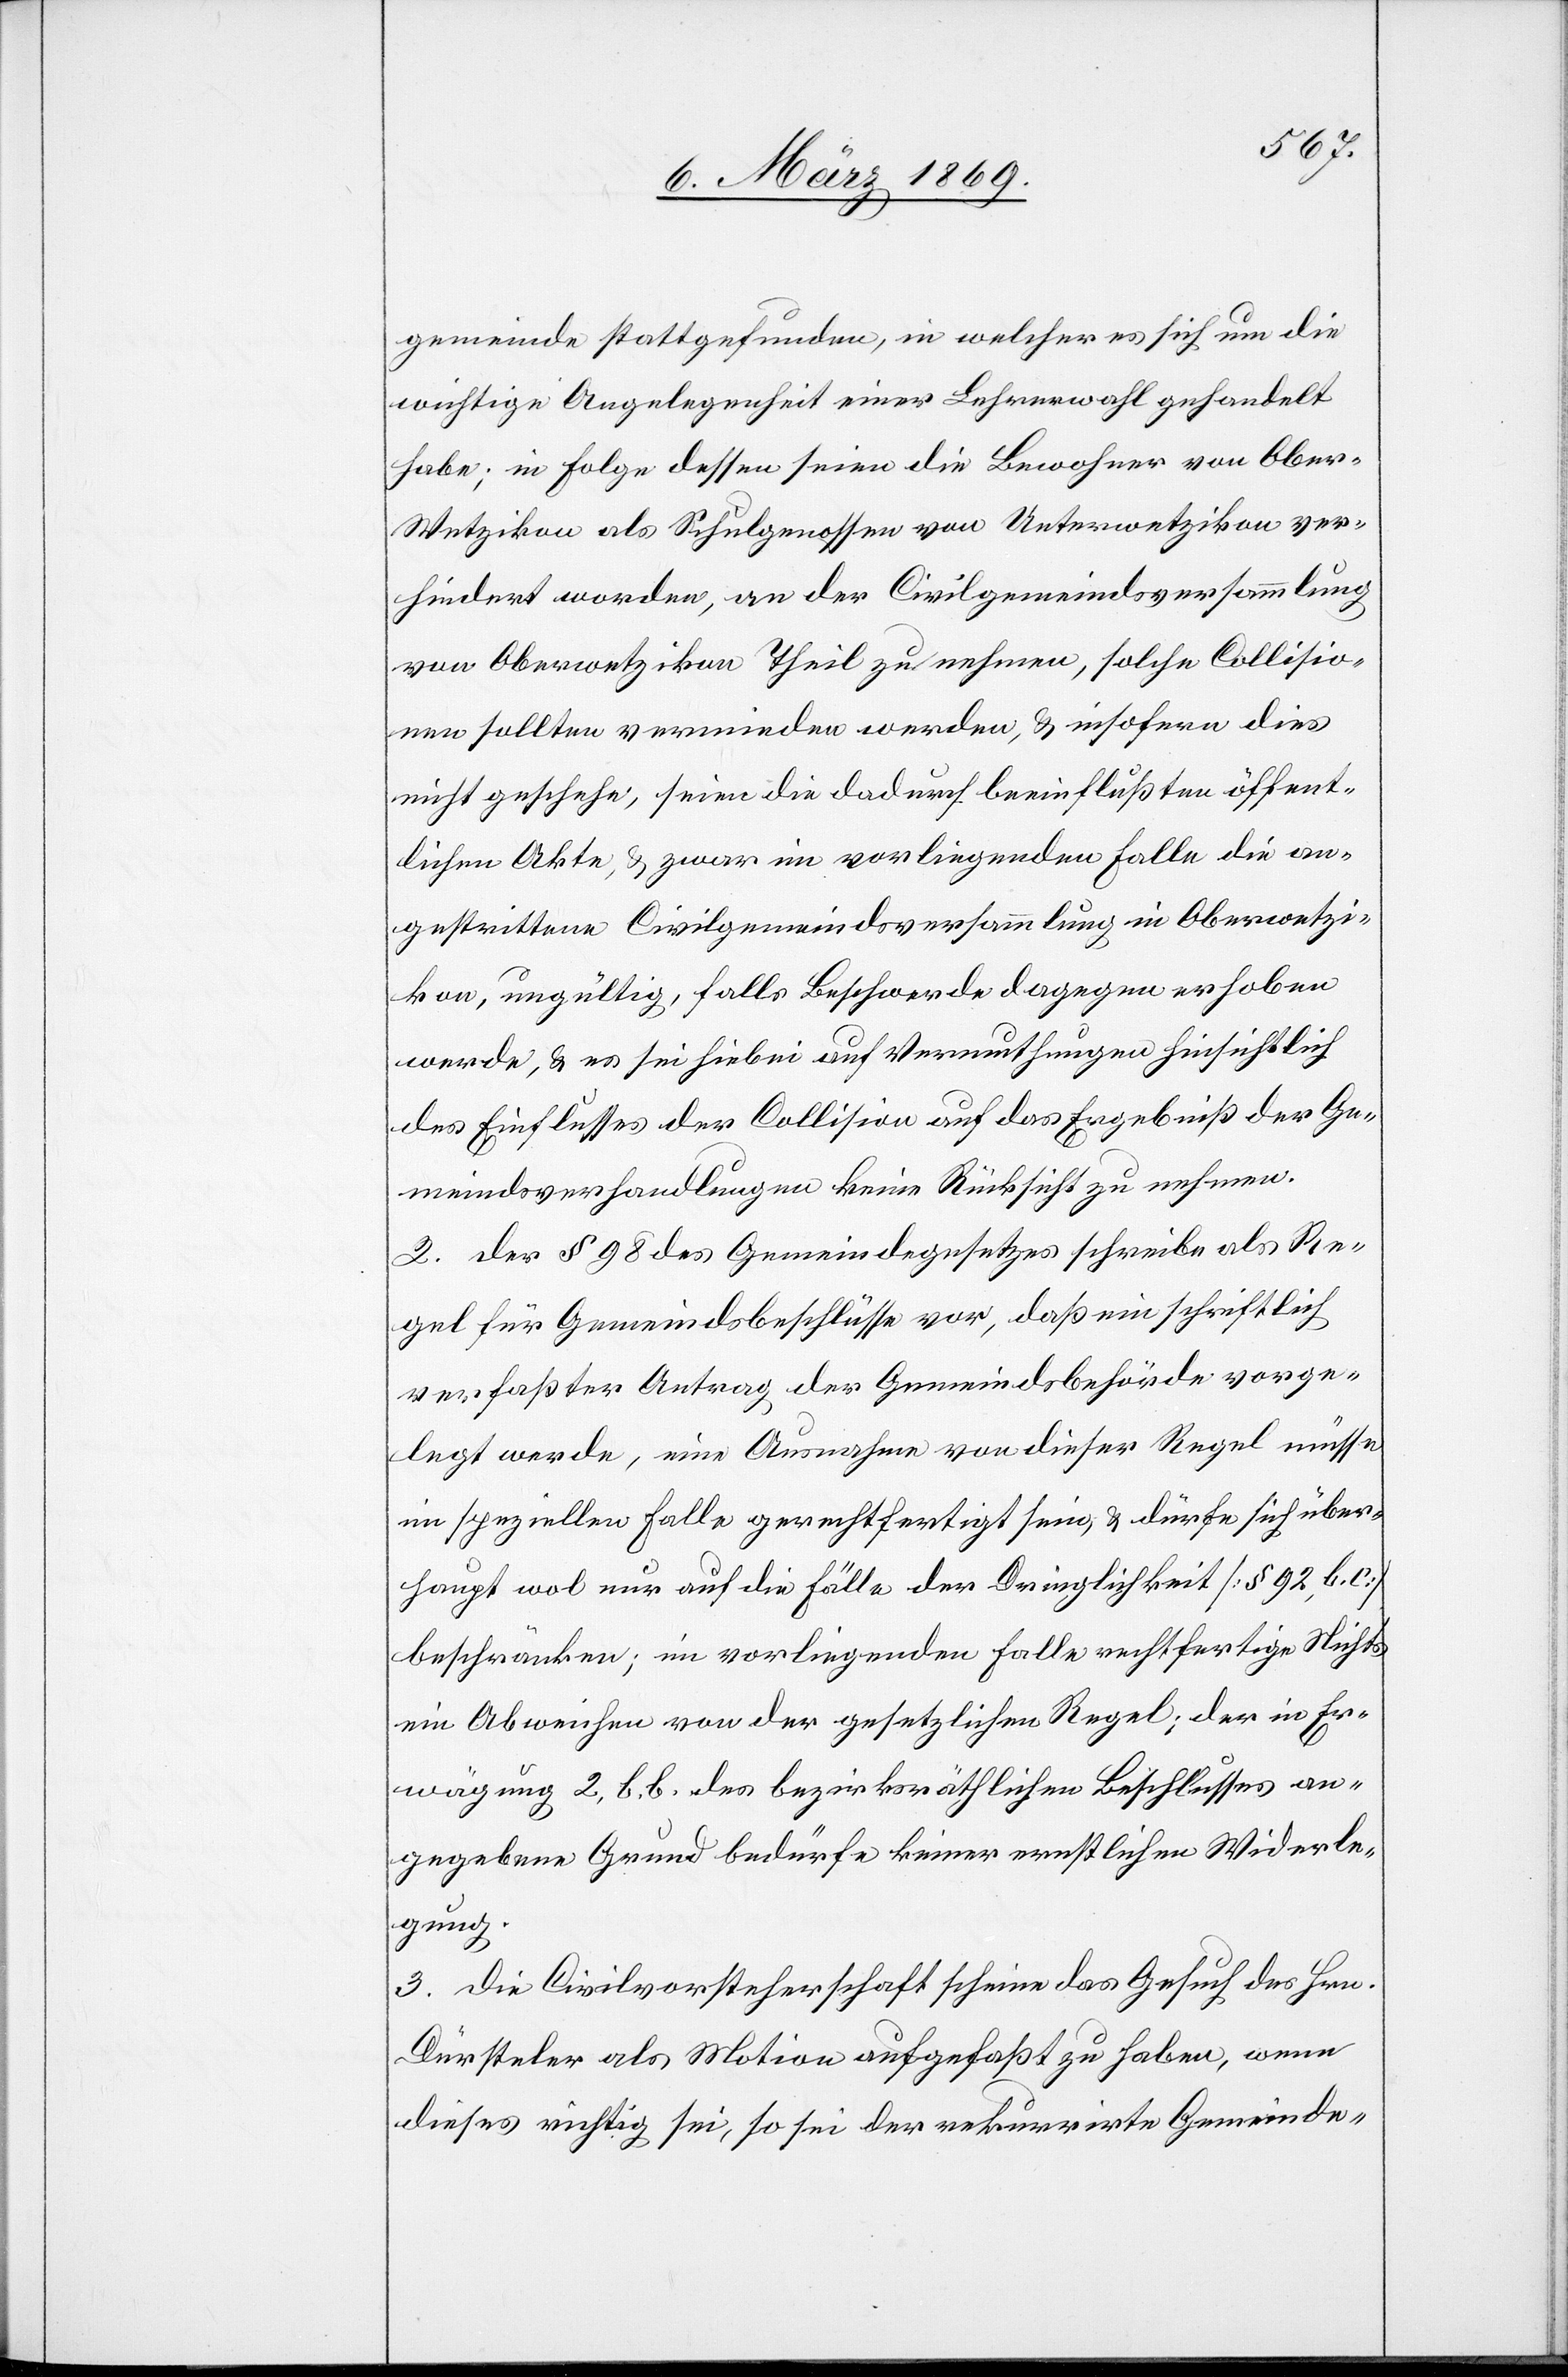
gemeinde stattgefunden, in welcher es sich um die
wichtige Angelegenheit einer Lehrerwahl gehandelt
habe; in Folge dessen seien die Bewohner von Ober-W¬
etzikon als Schulgenossen von Unterwetzikon ver¬
hindert worden, an der Civilgemeindsversammlung
von Oberwetzikon Theil zu nehmen, solche Collisio¬
nen sollten vermieden werden, & insofern dies
nicht geschehe, seien die dadurch beeinflußten öffent¬
lichen Akte, & zwar im vorliegenden Falle die an¬
gestrittene Civilgemeindsversammlung in Oberwetzi¬
kon, ungültig, falls Beschwerde dagegen erhoben
werde, & es sei hiebei auf Vermuthungen hinsichtlich
des Einflusses der Collision auf das Ergebniß der Ge¬
meindsverhandlungen keine Rücksicht zu nehmen.
2. Der § 98 des Gemeindegesetzes schreibe als Re¬
gel für Gemeindsbeschlüsse vor, daß ein schriftlich
verfaßter Antrag der Gemeindsbehörde vorge¬
legt werde, eine Ausnahme von dieser Regel müsse
im speziellen Falle gerechtfertigt sein, & dürfe sich über¬
haupt wol nur auf die Fälle der Dringlichkeit [§ 92, b. c.]
beschränken; im vorliegenden Falle rechtfertige Nichts
ein Abweichen von der gesetzlichen Regel; der in Er¬
wägung 2. b. b. des bezirksräthlichen Beschlusses an¬
gegebene Grund bedürfe keiner ernstlichen Widerle¬
gung.
3. Die Civilvorsteherschaft scheine das Gesuch des Hrn.
Dürsteler als Motion aufgefaßt zu haben, wenn
dieses richtig sei, so sei der rekurrirte Gemeinde-